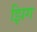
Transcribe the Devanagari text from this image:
झिग